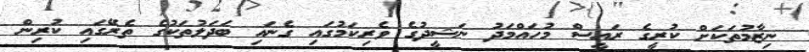
ނިޒާމުތަކަށް ކުރީގެ ރައީސް މުހައްމަދު ނަޝީދުގެ ވެރިކަމުގައި ގެނައި ބަދަލުތަކުގެ ތެރޭގައި ކުރިން